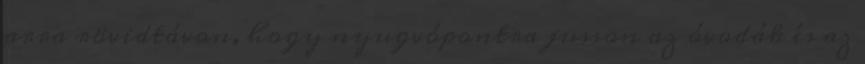
arra rövidtávon, hogy nyugvópontra jusson az óvodák és az